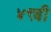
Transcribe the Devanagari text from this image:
४९वी